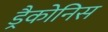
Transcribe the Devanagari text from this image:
ड्रैकोनिस